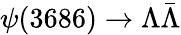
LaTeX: \psi(3686)\to\Lambda\bar{\Lambda}